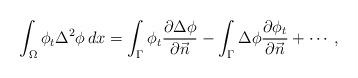
LaTeX: \begin{align*}\int_\Omega\phi_t\Delta^2\phi\,dx=\int_\Gamma\phi_t\frac{\partial\Delta\phi}{\partial\vec{n}}-\int_\Gamma\Delta\phi\frac{\partial\phi_t}{\partial\vec{n}}+\cdots,\end{align*}